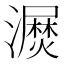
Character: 𰝫